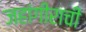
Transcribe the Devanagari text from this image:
जहांगीराची